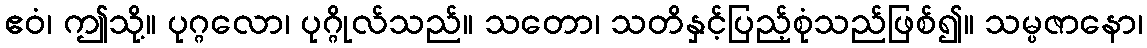
ဧဝံ၊ ဤသို့။ ပုဂ္ဂလော၊ ပုဂ္ဂိုလ်သည်။ သတော၊ သတိနှင့်ပြည့်စုံသည်ဖြစ်၍။ သမ္ပဇာနော၊